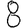
Digit: 8